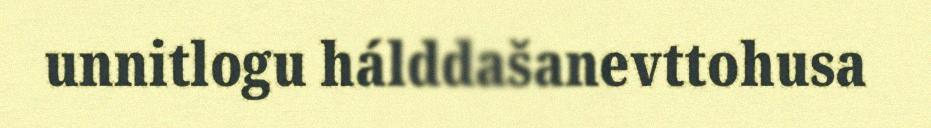
unnitlogu hálddašanevttohusa